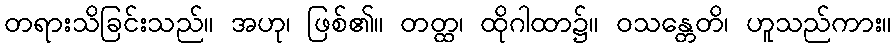
တရားသိခြင်းသည်။ အဟု၊ ဖြစ်၏။ တတ္ထ၊ ထိုဂါထာ၌။ ဝသန္တေတိ၊ ဟူသည်ကား။